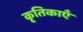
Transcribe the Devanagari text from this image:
कृतिकाएँ